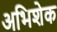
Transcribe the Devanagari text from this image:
अभिशेक